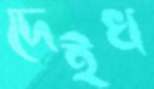
দেইখ